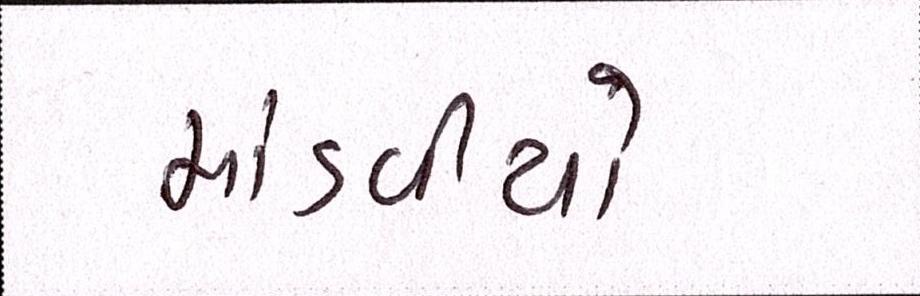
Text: માંડવીયો